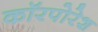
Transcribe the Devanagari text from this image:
कॉरपोरेश